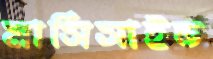
মার্সিসাইড